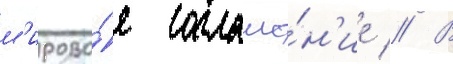
м'ирово́е соглаше́н'ие // В